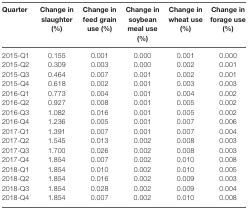
<table><thead><tr><td><b>Quarter</b></td><td><b>Change in slaughter (%)</b></td><td><b>Change in feed grain use (%)</b></td><td><b>Change in soybean meal use (%)</b></td><td><b>Change in wheat use (%)</b></td><td><b>Change in forage use (%)</b></td></tr></thead><tbody><tr><td>2015-Q1</td><td>0.155</td><td>0.001</td><td>0.000</td><td>0.001</td><td>0.000</td></tr><tr><td>2015-Q2</td><td>0.309</td><td>0.003</td><td>0.000</td><td>0.002</td><td>0.001</td></tr><tr><td>2015-Q3</td><td>0.464</td><td>0.007</td><td>0.001</td><td>0.002</td><td>0.001</td></tr><tr><td>2015-Q4</td><td>0.618</td><td>0.002</td><td>0.001</td><td>0.003</td><td>0.003</td></tr><tr><td>2016-Q1</td><td>0.773</td><td>0.004</td><td>0.001</td><td>0.004</td><td>0.002</td></tr><tr><td>2016-Q2</td><td>0.927</td><td>0.008</td><td>0.001</td><td>0.005</td><td>0.002</td></tr><tr><td>2016-Q3</td><td>1.082</td><td>0.016</td><td>0.001</td><td>0.005</td><td>0.002</td></tr><tr><td>2016-Q4</td><td>1.236</td><td>0.005</td><td>0.001</td><td>0.007</td><td>0.006</td></tr><tr><td>2017-Q1</td><td>1.391</td><td>0.007</td><td>0.001</td><td>0.007</td><td>0.004</td></tr><tr><td>2017-Q2</td><td>1.545</td><td>0.013</td><td>0.002</td><td>0.008</td><td>0.003</td></tr><tr><td>2017-Q3</td><td>1.700</td><td>0.026</td><td>0.002</td><td>0.008</td><td>0.003</td></tr><tr><td>2017-Q4</td><td>1.854</td><td>0.007</td><td>0.002</td><td>0.010</td><td>0.008</td></tr><tr><td>2018-Q1</td><td>1.854</td><td>0.010</td><td>0.002</td><td>0.010</td><td>0.005</td></tr><tr><td>2018-Q2</td><td>1.854</td><td>0.016</td><td>0.002</td><td>0.009</td><td>0.003</td></tr><tr><td>2018-Q3</td><td>1.854</td><td>0.028</td><td>0.002</td><td>0.009</td><td>0.004</td></tr><tr><td>2018-Q4</td><td>1.854</td><td>0.007</td><td>0.002</td><td>0.010</td><td>0.008</td></tr></tbody></table>